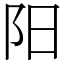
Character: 阳